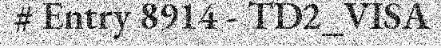
# Entry 8914 - TD2_VISA